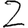
Digit: 2